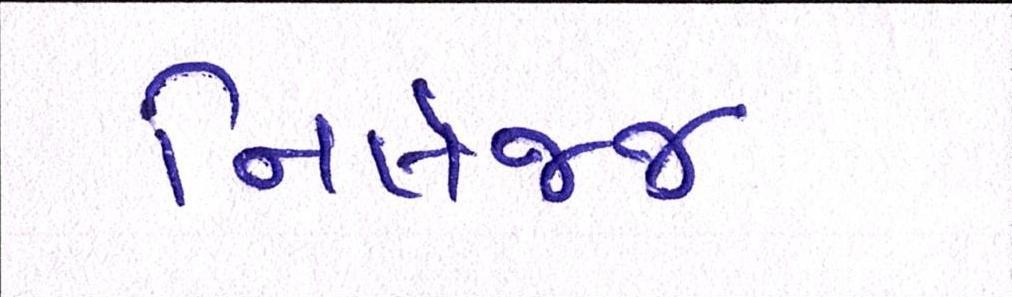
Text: નિર્લજ્જ